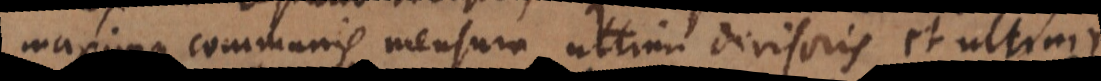
maxima communis mensura ultimi divisoris et ultimi